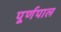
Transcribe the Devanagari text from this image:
पूर्णपाल